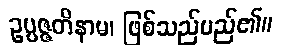
ဥပ္ပဇ္ဇတိနာမ၊ ဖြစ်သည်မည်၏။